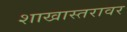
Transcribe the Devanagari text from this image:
शाखास्तरावर